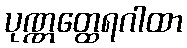
ပုဏ္ဏတ္ထေရဂါထာ